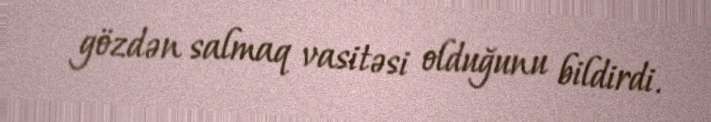
gözdən salmaq vasitəsi olduğunu bildirdi.